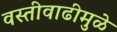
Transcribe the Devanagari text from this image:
वस्तीवाढीमुळे